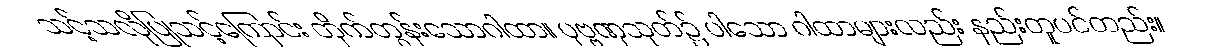
သင့်သလိုပြုသင့်ကြောင်း တိုက်တွန်းသောဂါထာ။ ပုဗ္ဗဏှသုတ်၌ ပါသော ဂါထာများလည်း နည်းတူပင်တည်း။